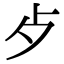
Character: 歺